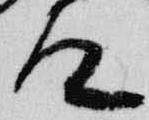
道